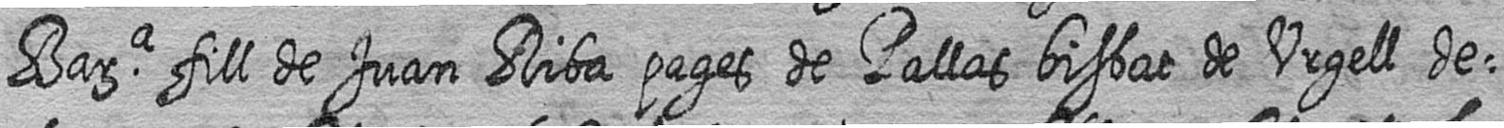
Bara fill de Juan Riba pages de Pallas bisbat de Urgell de=